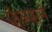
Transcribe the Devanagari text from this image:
फेल्प्सने